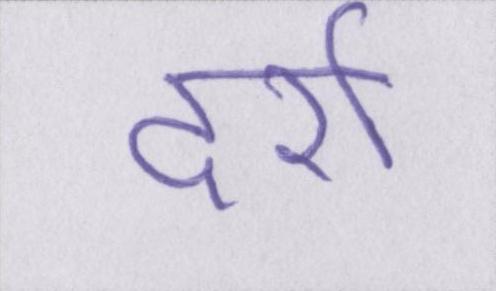
दर्रा